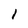
Character: 1